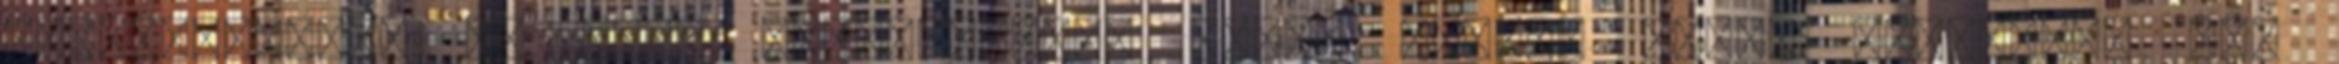
fedőemelgető, az alsó középosztály alatt élőkre nézve valójában nem